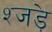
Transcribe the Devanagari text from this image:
श्जड़े